Reports on dispensaries and lunatic asylums in the Province of Oudh - 1869-1876
Year: 1869
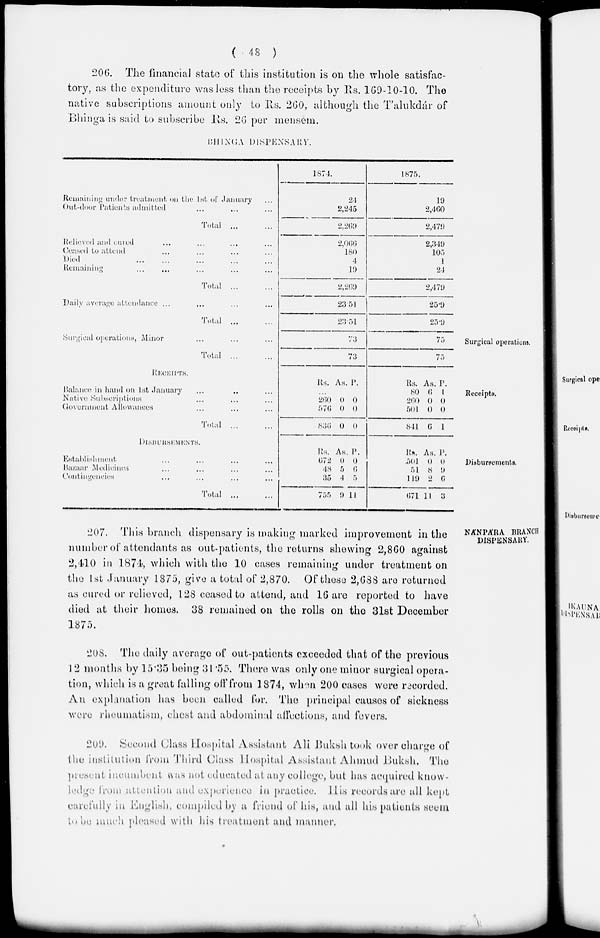
( 48 )
206. The financial state of this institution is on the whole satisfac-
tory, as the expenditure was less than the receipts by Rs. 169-10-10. The
native subscriptions amount only to Rs. 260, although the Talukdár of
Bhinga is said to subscribe Rs. 26 per mensem.
BHINGA DISPENSARY.
Remaining under treatment, on the 1st of Janaury ...
Out-door Patients admitted ... ... ...
Total ... ...
1874.
24
2,245
2,269
1875.
19
2,460
2,479
Relieved and cured ... ... ... ...
Ceased to attend ... ... ... ...
Died ... ... ... ... ...
Remaining ... ... ... ... ...
Total ... ...
2,066
180
4
19
2,269
2,349
105
1
24
2,479
Daily average attendance ... ... ...
Total ...
23.51
23.51
25.9
25.9
Surgical operations.
Surgical operations, Minor ... ... ...
Total
...
73
73
75
75
Receipts.
RECEIPTS.
Balance in hand on 1st January ... ...
Native Subscriptions ... ...
Government
Allowances ... ...
Total ... ...
Rs. As. P.
260
576
836
0
0
0
0
0
0
Rs.
80
260
501
841
As.
6
0
0
6
P.
1
0
0
1
Disbursements.
DISBURSEMENTS.
Establishment ... ... ... ...
Bazaar Medicines ... ... ... ...
Contingencies ... ... ... ...
Total
...
...
Rs.
672
48
35
755
As
0
5
4
9
P.
0
6
5
11
Rs.
501
51
119
671
As.
0
8
2
11
P.
0
9
6
3
NANPARA BRANCH
DISPENSARY.
207. This branch dispensary is making marked improvement in the
number of attendants as out-patients, the returns showing 2,860 against
2,410 in 1874, which with the 10 cases remaining under treatment on
the 1st January 1875, give a total of 2,870. Of those 2,688 are returned
as cured or relieved, 128 ceased to attend, and 16 are reported to have
died at their homes. 38 remained on the rolls on the 31st December
1875.
208. The daily average of out-patients exceeded that of the previous
12 months by 15.35 being 31.55. There was only one minor surgical opera-
tion, which is a great falling off from 1874, when 200 cases were recorded.
An explanation has been called for. The principal causes of sickness
were rheumatism, chest and abdominal affections, and fevers.
209. Second Class Hospital Assistant Ali Buksh took over charge of
the institution from Third Class Hospital Assistant Ahmud Buksh. The
present incumbent, was not educated at any college, but has acquired know-
ledge from attention and experience in practice. His records are all kept
carefully in English, compiled by a friend of his, and all his patients seem
to be much pleased with his treatment and manner.